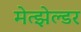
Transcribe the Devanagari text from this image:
मेत्झेल्डर